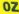
oz